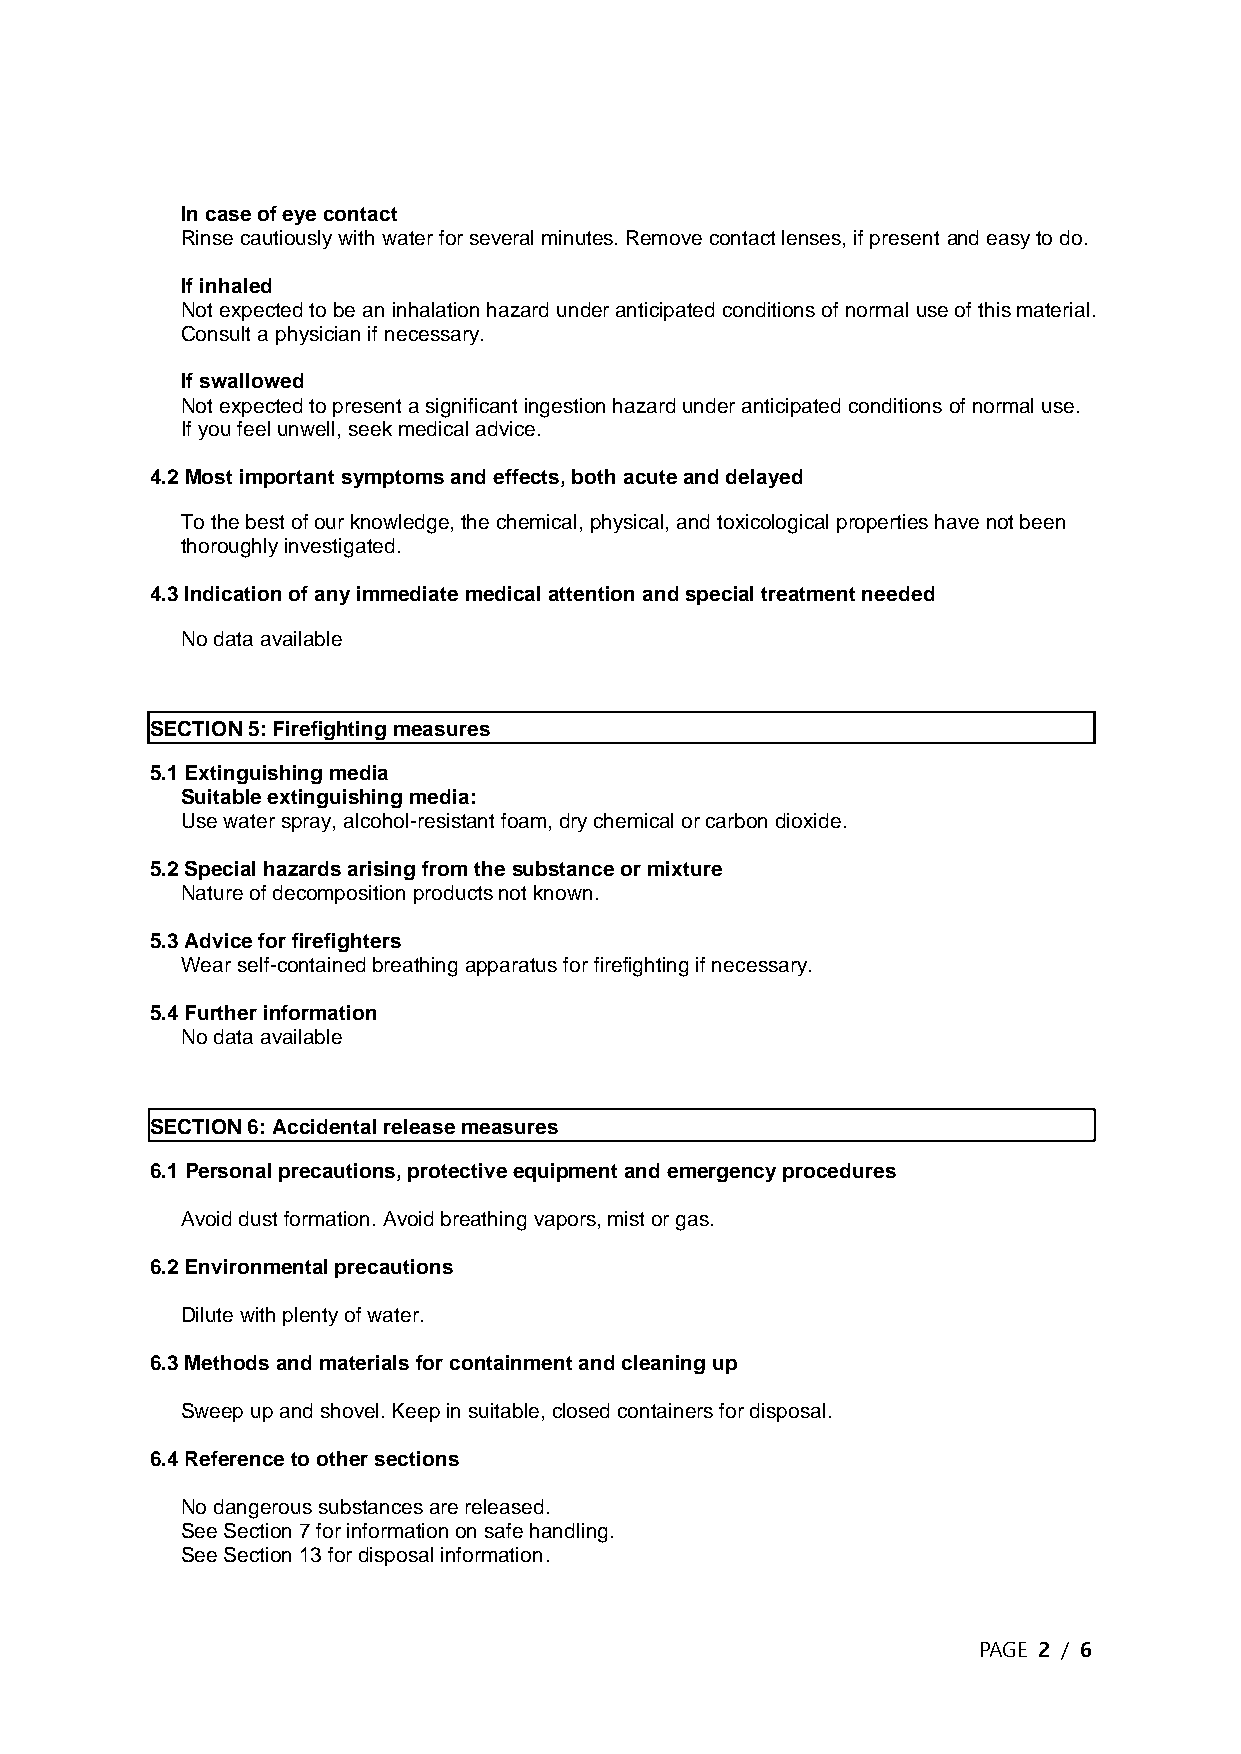
In case of eye contact
 Rinse cautiously with water for several minutes. Remove contact lenses, if present and easy to do.
 If inhaled
 Not expected to be an inhalation hazard under anticipated conditions of normal use of this material.
 Consult a physician if necessary.
 If swallowed
 Not expected to present a significant ingestion hazard under anticipated conditions of normal use.
 If you feel unwell, seek medical advice.
 4.2 Most important symptoms and effects, both acute and delayed
 To the best of our knowledge, the chemical, physical, and toxicological properties have not been
 thoroughly investigated.
 4.3 Indication of any immediate medical attention and special treatment needed
 No data available
 SECTION 5: Firefighting measures
 5.1 Extinguishing media
 Suitable extinguishing media:
 Use water spray, alcohol-resistant foam, dry chemical or carbon dioxide.
 5.2 Special hazards arising from the substance or mixture
 Nature of decomposition products not known.
 5.3 Advice for firefighters
 Wear self-contained breathing apparatus for firefighting if necessary.
 5.4 Further information
 No data available
 SECTION 6: Accidental release measures
 6.1 Personal precautions, protective equipment and emergency procedures
 Avoid dust formation. Avoid breathing vapors, mist or gas.
 6.2 Environmental precautions
 Dilute with plenty of water.
 6.3 Methods and materials for containment and cleaning up
 Sweep up and shovel. Keep in suitable, closed containers for disposal.
 6.4 Reference to other sections
 No dangerous substances are released.
 See Section 7 for information on safe handling.
 See Section 13 for disposal information.
 PAGE 2 / 6